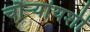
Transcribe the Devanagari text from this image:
चौऱ्यांयशीं